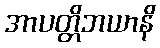
အာပတ္တိဘယာနိ